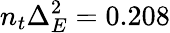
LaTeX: n_{t}\Delta_{E}^{2}=0.208